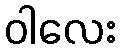
ဝါလေး